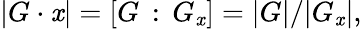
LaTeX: |G\cdot\mathit{x}|=[G\, :\, G_{\mathit{x}}]=|G|/|G_{\mathit{x}}|,